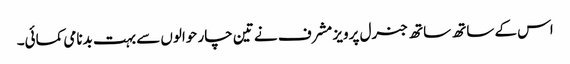
اس کے ساتھ ساتھ جنرل پرویز مشرف نے تین چار حوالوں سے بہت بدنامی کمائی۔